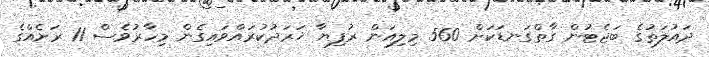
ދައުލަތުގެ ބަޖެޓުން ގާތްގަނޑަކަށް 560 މިލިއަން ރުފިޔާ ޚަރަދުކުރައްވައިގެން މިހާރުވެސް 11 ރަށެއްގެ